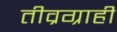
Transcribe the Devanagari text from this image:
तीव्रग्राही